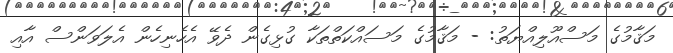
މަޤާމުގެ މަސްއޫލިއްޔަތު: - މަޤާމުގެ މަސައްކަތްތަކާ ގުޅިގެން ދެވޭ އެހެނިހެން އެލަވަންސް އާއި